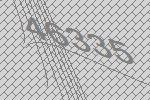
46335